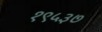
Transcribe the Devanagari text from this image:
१९५३७